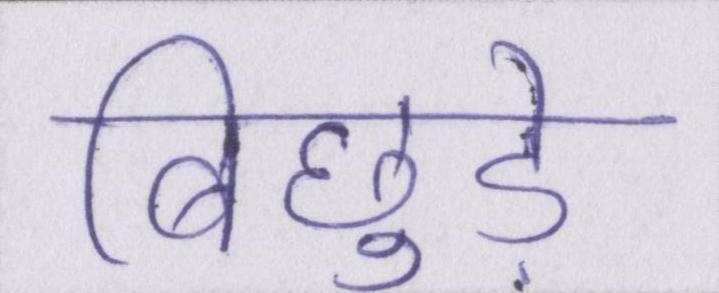
बिछुड़े